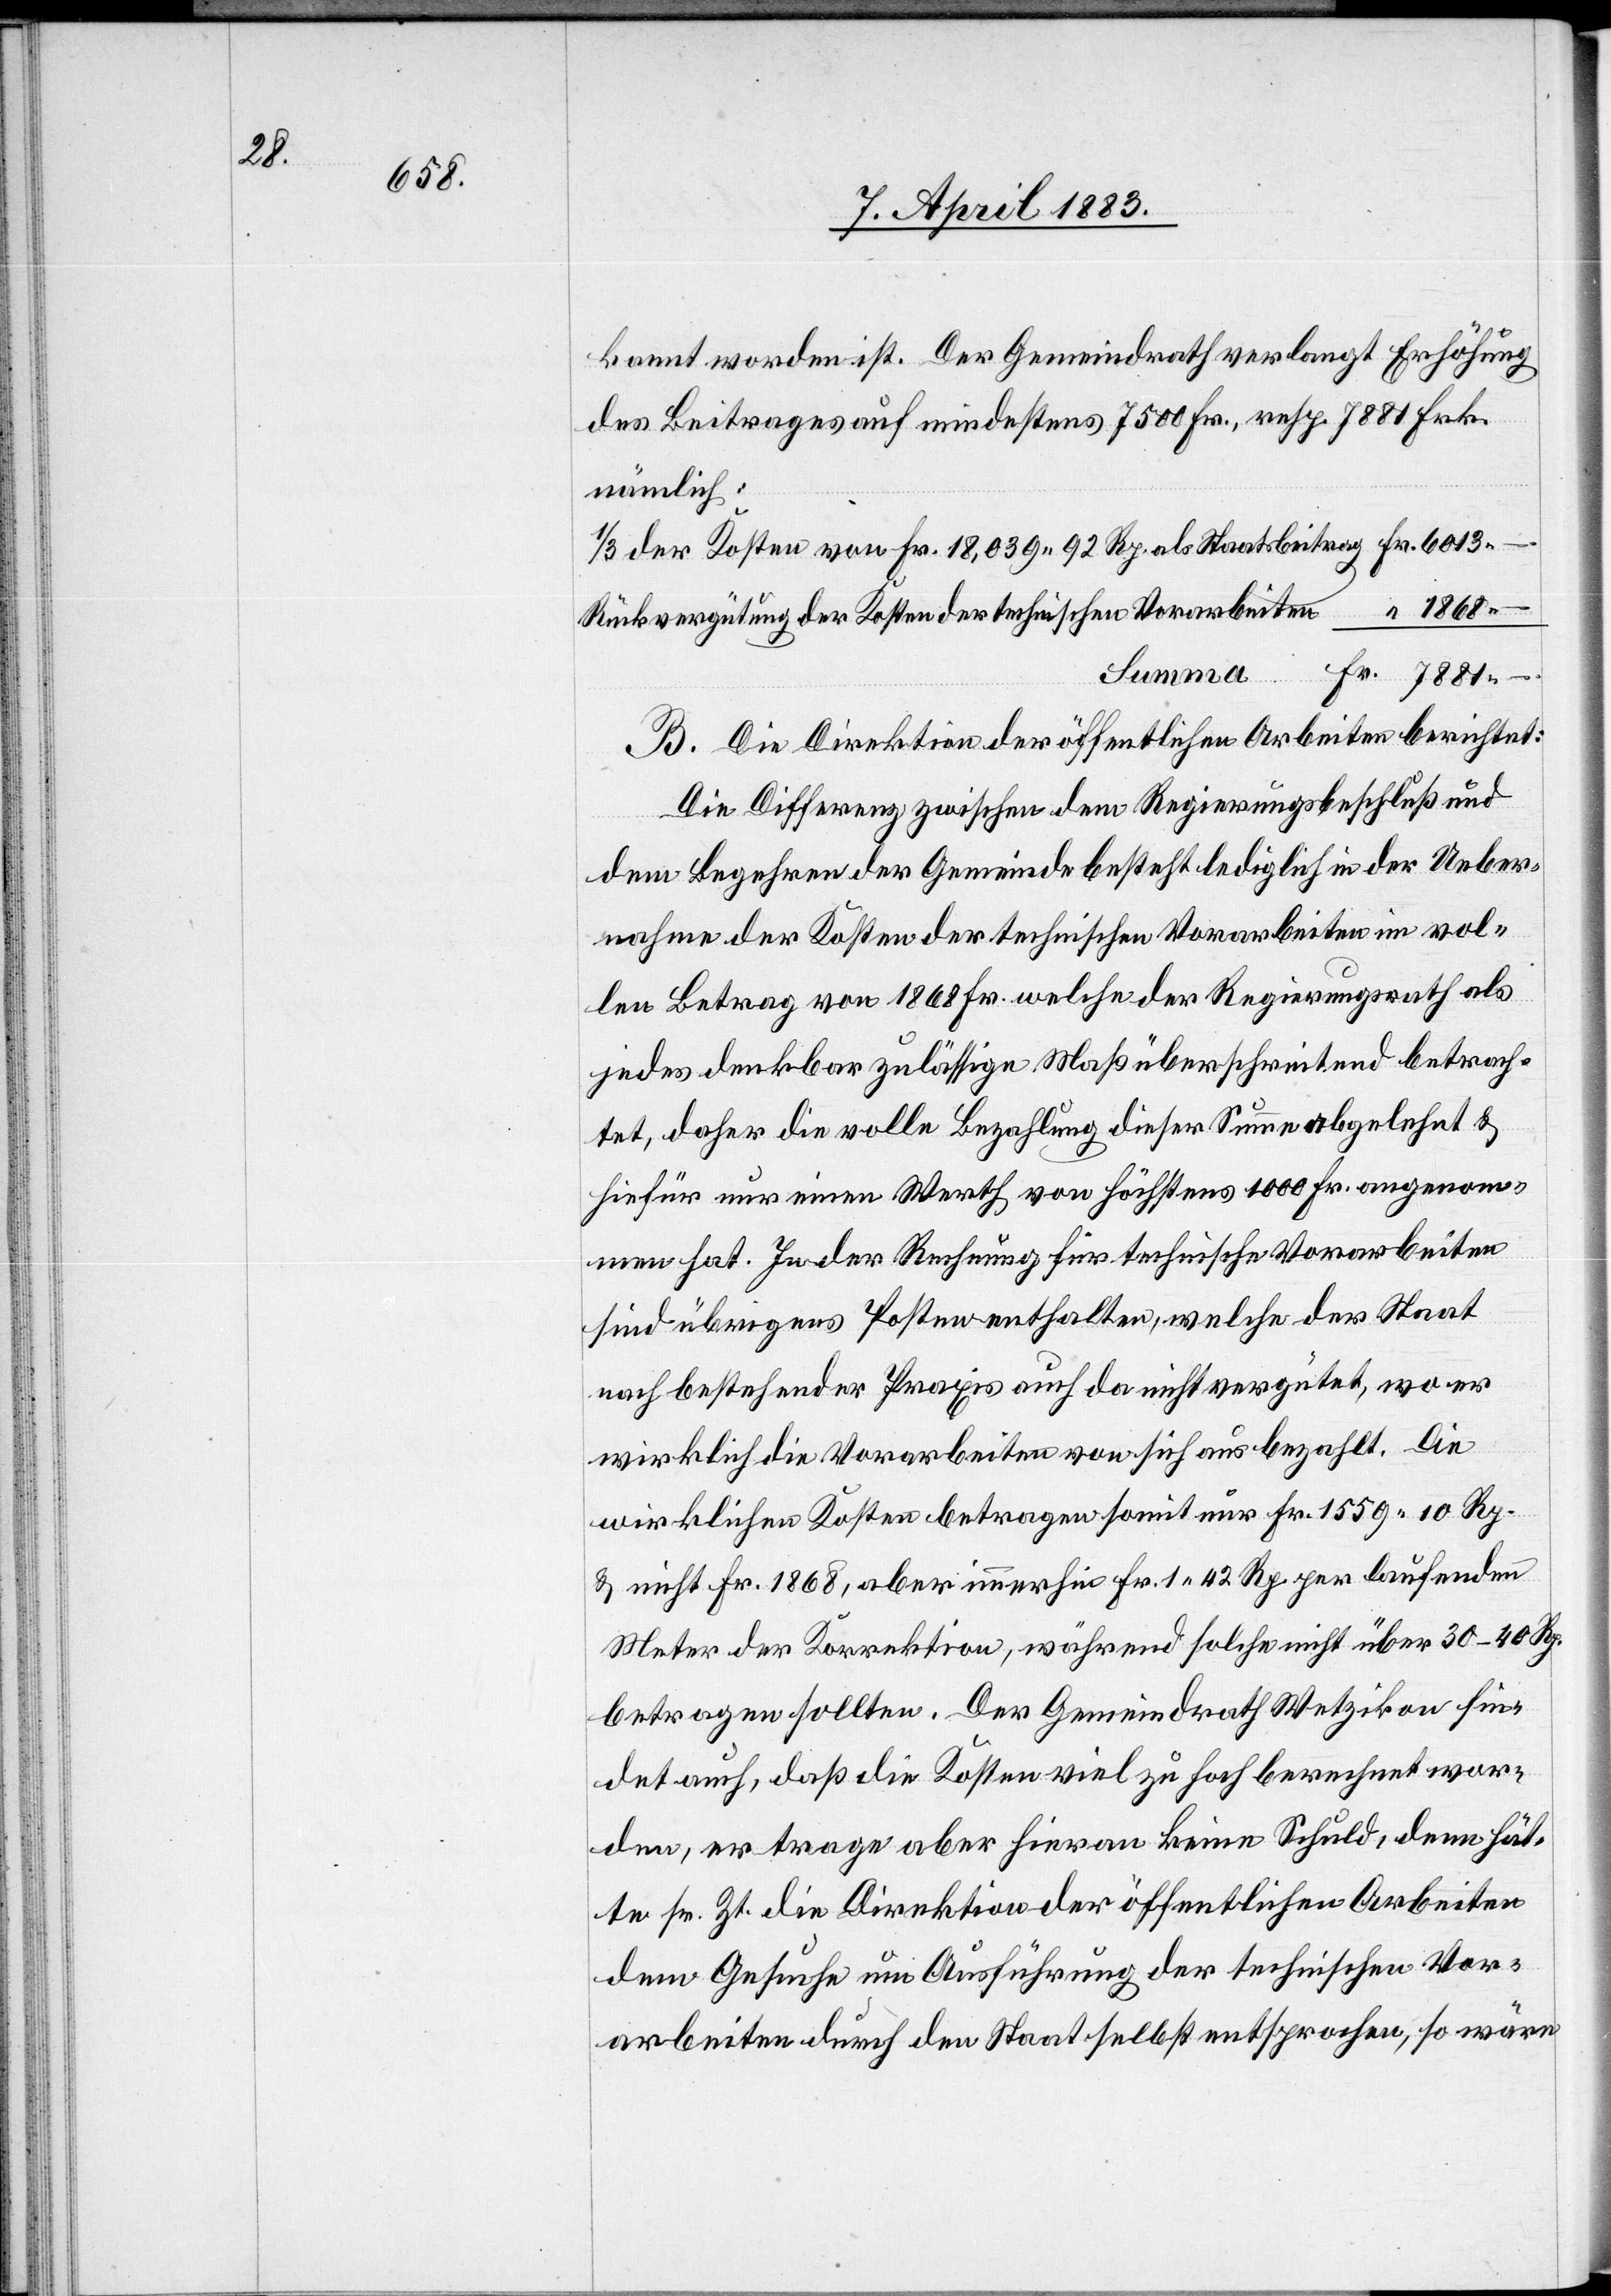
kannt worden ist. Der Gemeindrath verlangt Erhöhung
des Beitrages auf mindestens 7500 Fr., resp. 7881 Frk.
nämlich:
1/3 der Kosten von Fr. 18,039 92 Rp. als Staatsbeitrag Fr. 6013.–
Rückvergütung der Kosten der technischen Vorarbeiten “ 1686.–
Summa
Fr. 7881.–
B. Die Direktion der öffentlichen Arbeiten berichtet:
Die Differenz zwischen dem Regierungsbeschluß und
dem Begehren der Gemeinde besteht lediglich in der Ueber¬
nahme der Kosten der technischen Vorarbeiten im vol¬
len Betrag von 1868 Fr. welche der Regierungsrath als
jedes denkbar zuläßige Maß überschreitend betrach¬
tet, daher die volle Bezahlung dieser Summe abgelehnt &
hiefür nur einen Werth von höchstens 1000 Fr. angenom¬
men hat. In der Rechnung für technische vorarbeiten
sind übrigens Posten enthalten, welche der Staat
nach bestehender Praxis auch da nicht vergütet, wo er
wirklich die Vorarbeiten von sich aus bezahlt. Die
wirklichen Kosten betragen somit nur Fr. 1559 10 Rp.
& nicht Fr. 1868, aber immerhin Fr. 1 42 Rp. per laufenden
Meter der Korrektion, während solche nicht über 30–40 Rp.
betragen sollten. Der Gemeindrath Wetzikon fin¬
det auch, daß die Kosten viel zu hoch berechnet wor¬
den, er trage aber hieran keine Schuld, denn hät¬
te sr. Zt. die Direktion der öffentlichen Arbeiten
dem Gesuche um Ausführung der technischen Vor¬
arbeiten durch den Staat selbst entsprochen, so wäre